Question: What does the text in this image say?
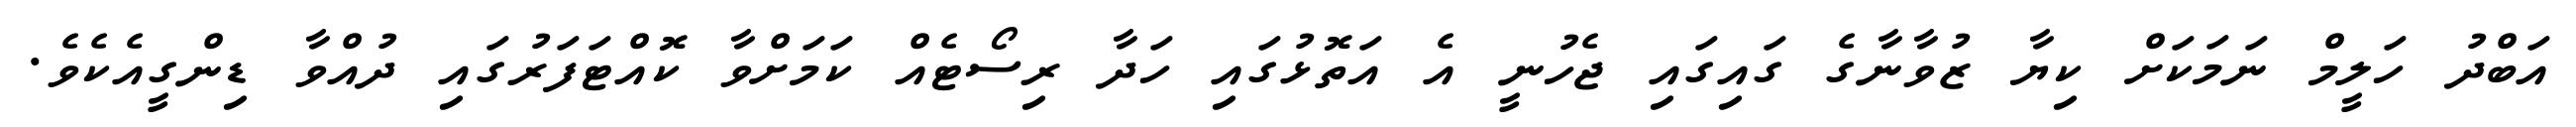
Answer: އަބްދު ހަލީމް ނަމަކަށް ކިޔާ ޒުވާނާގެ ގައިގައި ޖެހުނީ އެ އަތޮޅުގައި ހަދާ ރިސޯޓެއް ކަމަށްވާ ކޮއްޓަފަރުގައި ދުއްވާ ޑިންގީއެކެވެ.